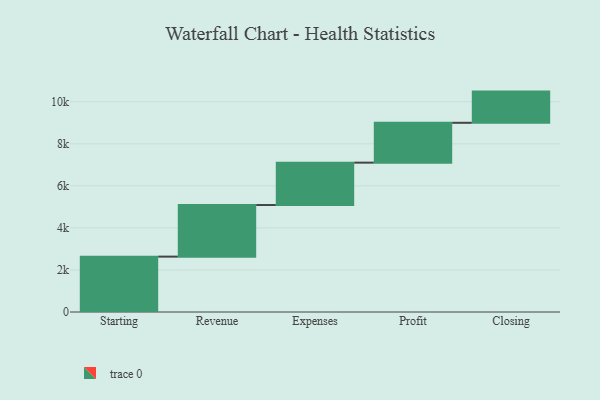
{"axis": {"x": "Step", "y": "Value"}, "legend": [""], "data": [{"x": "Starting", "y": 2634.0, "type": ""}, {"x": "Revenue", "y": 2455.0, "type": ""}, {"x": "Expenses", "y": 2016.0, "type": ""}, {"x": "Profit", "y": 1896.0, "type": ""}, {"x": "Closing", "y": 1484.0, "type": ""}]}